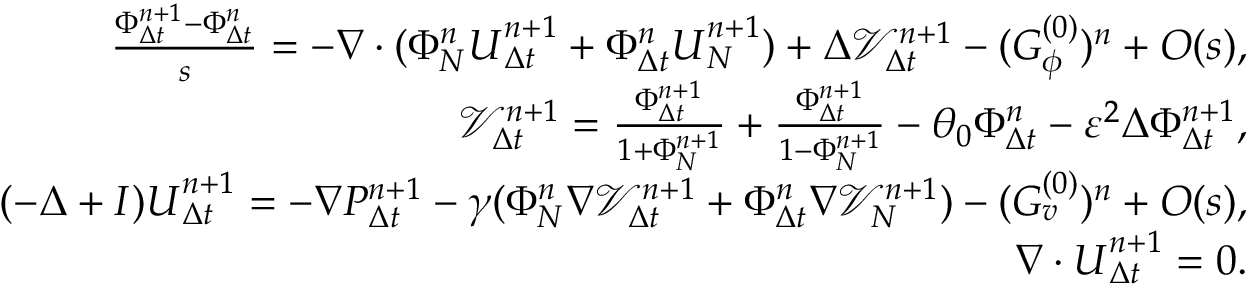
\begin{array} { r l r } & { } & { \frac { \Phi _ { \Delta t } ^ { n + 1 } - \Phi _ { \Delta t } ^ { n } } { s } = - \nabla \cdot ( \Phi _ { N } ^ { n } \boldsymbol { U } _ { \Delta t } ^ { n + 1 } + \Phi _ { \Delta t } ^ { n } \boldsymbol { U } _ { N } ^ { n + 1 } ) + \Delta \mathcal { V } _ { \Delta t } ^ { n + 1 } - ( G _ { \phi } ^ { ( 0 ) } ) ^ { n } + O ( s ) , } \\ & { } & { \mathcal { V } _ { \Delta t } ^ { n + 1 } = \frac { \Phi _ { \Delta t } ^ { n + 1 } } { 1 + \Phi _ { N } ^ { n + 1 } } + \frac { \Phi _ { \Delta t } ^ { n + 1 } } { 1 - \Phi _ { N } ^ { n + 1 } } - \theta _ { 0 } \Phi _ { \Delta t } ^ { n } - \varepsilon ^ { 2 } \Delta \Phi _ { \Delta t } ^ { n + 1 } , } \\ & { } & { ( - \Delta + I ) \boldsymbol { U } _ { \Delta t } ^ { n + 1 } = - \nabla P _ { \Delta t } ^ { n + 1 } - \gamma ( \Phi _ { N } ^ { n } \nabla \mathcal { V } _ { \Delta t } ^ { n + 1 } + \Phi _ { \Delta t } ^ { n } \nabla \mathcal { V } _ { N } ^ { n + 1 } ) - ( G _ { v } ^ { ( 0 ) } ) ^ { n } + O ( s ) , } \\ & { } & { \nabla \cdot \boldsymbol { U } _ { \Delta t } ^ { n + 1 } = 0 . } \end{array}